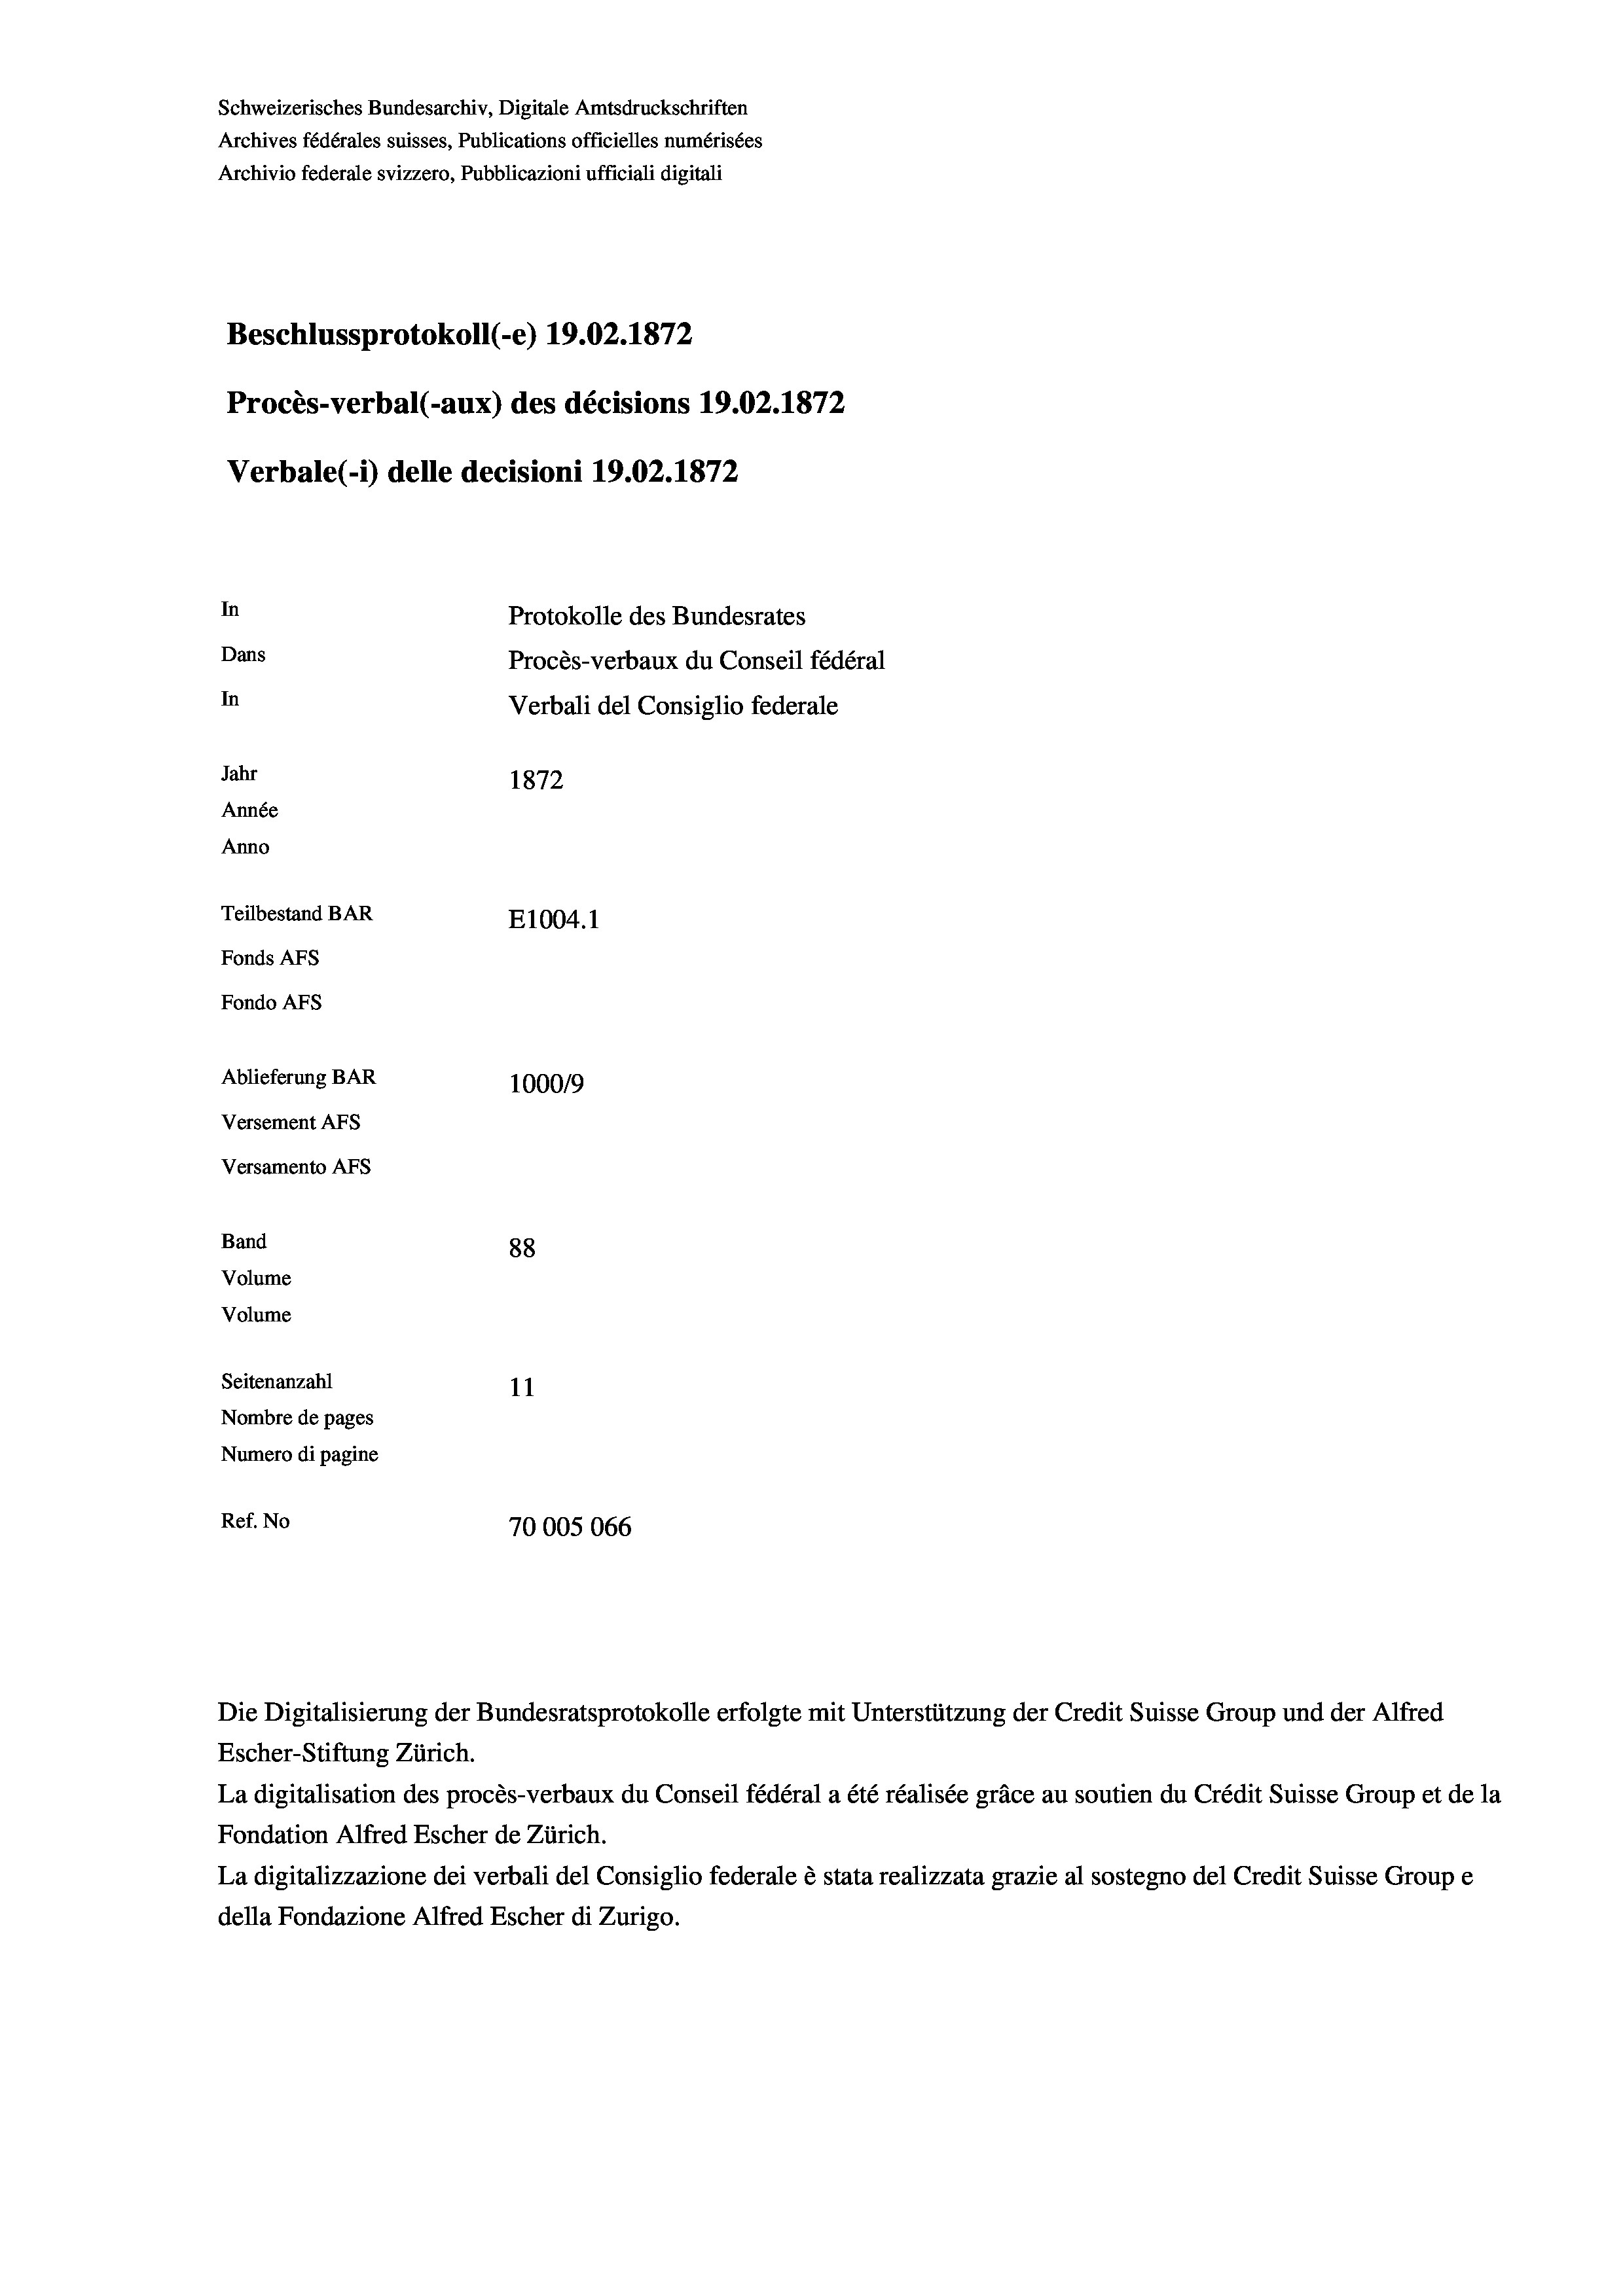
Schweizerisches Bundesarchiv, Digitale Amtsdruckschriften
Archives fédérales suisses, Publications officielles numérisées
Archivio federale svizzero, Pubblicazioni ufficiali digitali
Beschlussprotokoll (-e) 19.02. 1872
Procès-verbal (-aux) des décisions 19.02. 1872
Verbale (i) delle decisioni 19.02. 1872
In
Protokolle des Bundesrates
Dans
Procès-verbaux du Conseil fédéral
In
Verbali del Consiglio federale
Jahr
1872
Année
Anno
Teilbestand BAR
E1004. 1
Fonds Afs
Fondo AFs
Ablieferung BAR
100019
Versement AFS
Versamento Afs
Band
88
Volume
Volume
Seitenanzahl
11
Nombre de pages
Numero di pagine
Ref. No
70005066

Escher-Stiftung Zürich.
La digitalisation des procès-verbaux du Conseil fédéral a été réalisée gräce au soutien du Crédit Suisse Group et de la
Fondation Alfred Escher de Zürich.
La digitalizzazione dei verbali del Consiglio federale è stata realizzata grazie al sostegno del Credit Suisse Groupe
della Fondazione Alfred Escher di Zurigo.

Die Digitalisierung der Bundesratsprotokolle erfolgte mit Unterstützung der Credit Suisse Group und der Alfred